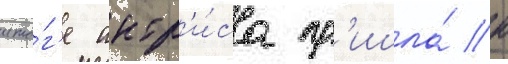
ито́г'е актр'и́са пр'ишла́ к